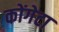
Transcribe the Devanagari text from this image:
कोंगेटा